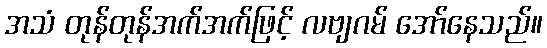
အသံ တုန်တုန်အက်အက်ဖြင့် လဗျဂမ် အော်နေသည်။